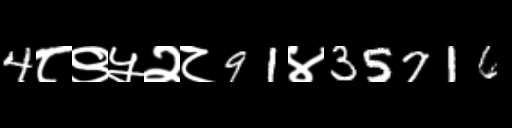
Text: 4८९५२८91४35716